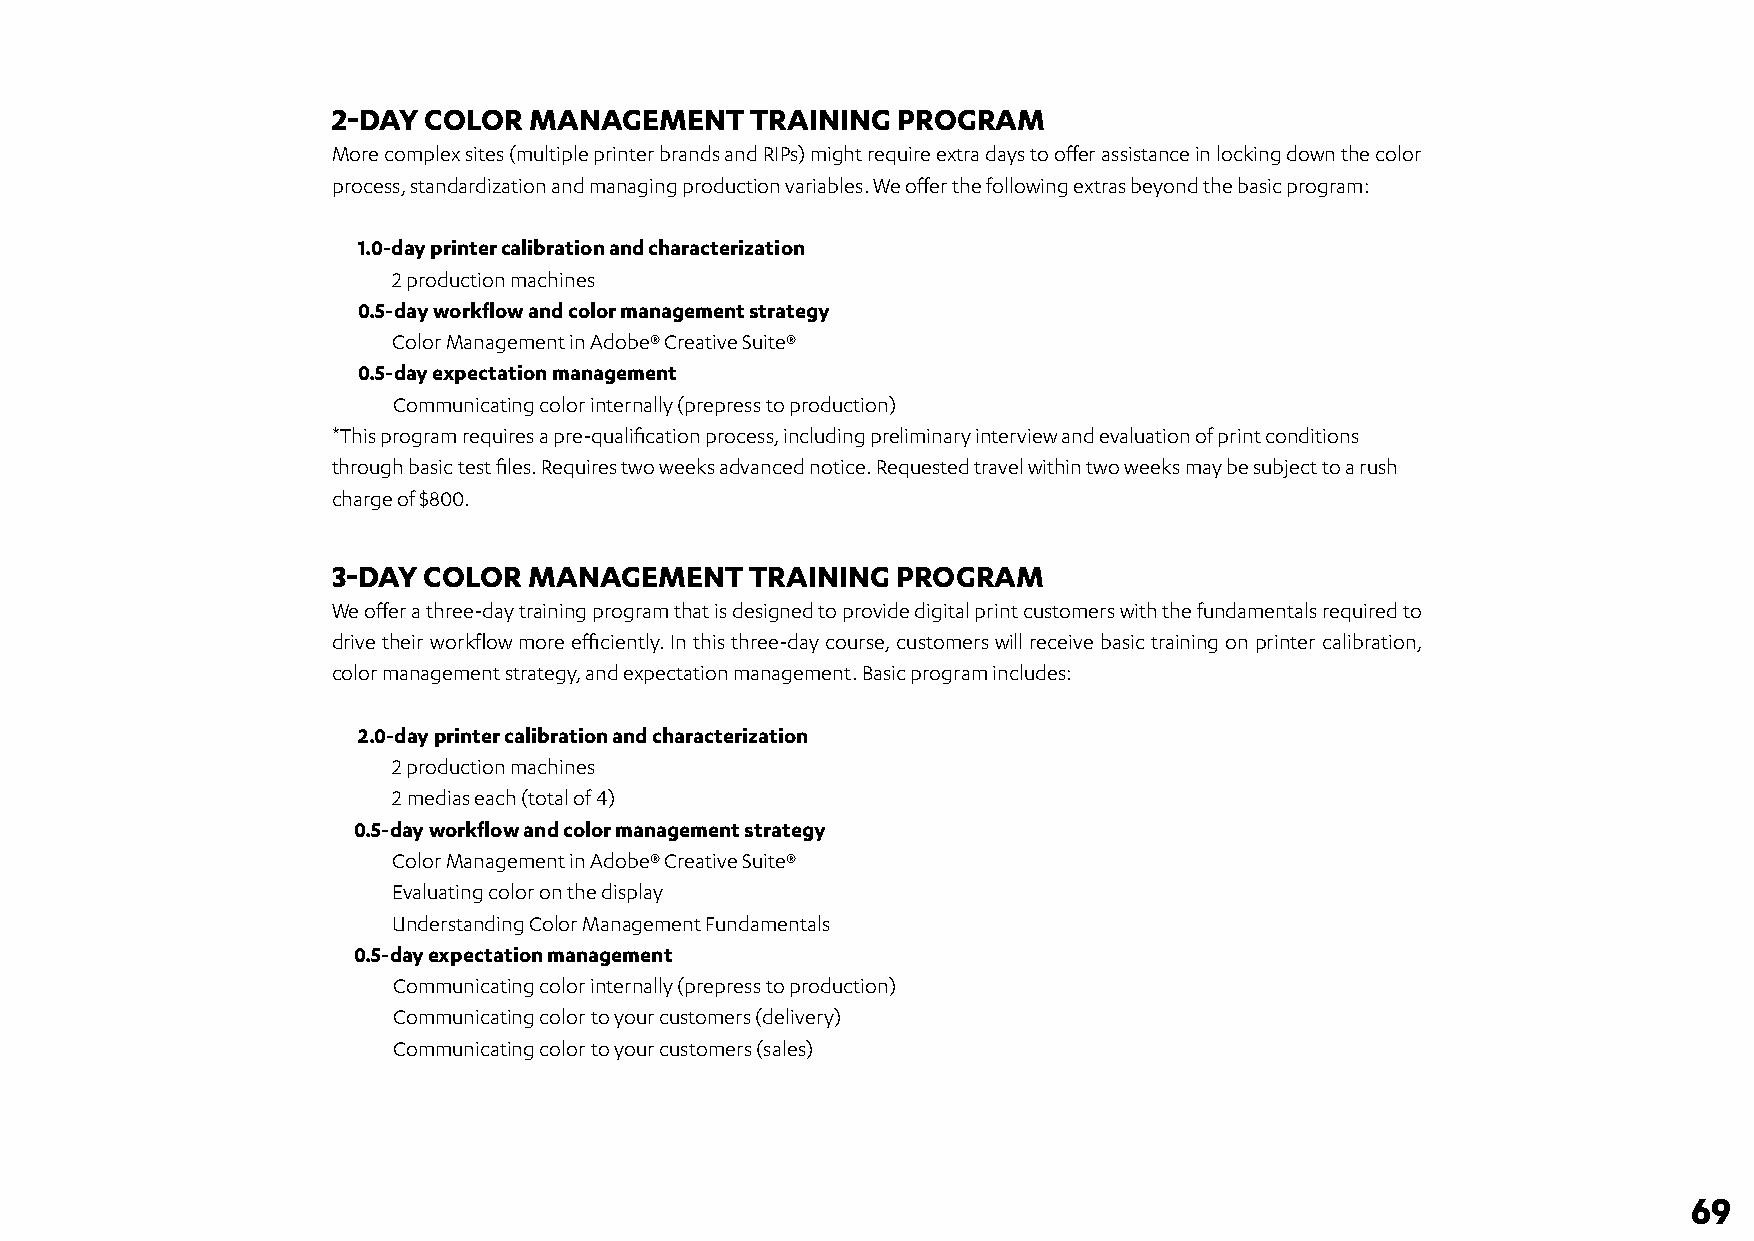
2-DAY COLOR  MANAGEMENT     TRAINING PROGRAM
 More complex sites (multiple printer brands and RIPs) might require extra days to offer assistance in locking down the color
 process, standardization and managing production variables. We offer the following extras beyond the basic program:
 1.0-day printer calibration and characterization
 2 production machines
 0.5-day workflow and color management strategy
 Color Management in Adobe® Creative Suite®
 0.5-day expectation management
 Communicating color internally (prepress to production)
 *This program requires a pre-qualification process, including preliminary interview and evaluation of print conditions
 through basic test files. Requires two weeks advanced notice. Requested travel within two weeks may be subject to a rush
 charge of $800.
 3-DAY COLOR  MANAGEMENT     TRAINING PROGRAM
 We offer a three-day training program that is designed to provide digital print customers with the fundamentals required to
 drive their workflow more efficiently. In this three-day course, customers will receive basic training on printer calibration,
 color management strategy, and expectation management. Basic program includes:
 2.0-day printer calibration and characterization
 2 production machines
 2 medias each (total of 4)
 0.5-day workflow and color management strategy
 Color Management in Adobe® Creative Suite®
 Evaluating color on the display
 Understanding Color Management Fundamentals
 0.5-day expectation management
 Communicating color internally (prepress to production)
 Communicating color to your customers (delivery)
 Communicating color to your customers (sales)
 69